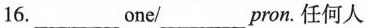
16.___one/___pron.任何人